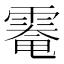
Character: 𩄀